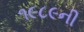
૧૯૮૯ની